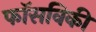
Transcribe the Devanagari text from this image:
फॉसविकी